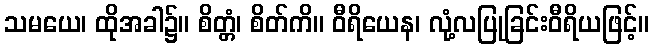
သမယေ၊ ထိုအခါ၌။ စိတ္တံ၊ စိတ်ကိ။ ဝီရိယေန၊ လုံ့လပြုခြင်းဝီရိယဖြင့်။